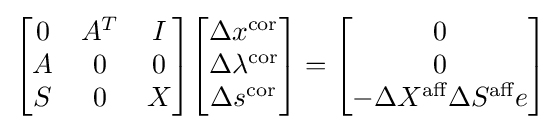
{\begin{bmatrix}0&A^{T}&I\\A&0&0\\S&0&X\end{bmatrix}}{\begin{bmatrix}\Delta x^{\text{cor}}\\\Delta \lambda ^{\text{cor}}\\\Delta s^{\text{cor}}\end{bmatrix}}={\begin{bmatrix}0\\0\\-\Delta X^{\text{aff}}\Delta S^{\text{aff}}e\end{bmatrix}}